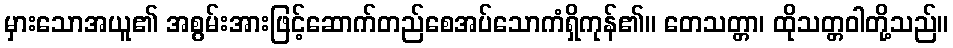
မှားသောအယူ၏ အစွမ်းအားဖြင့်ဆောက်တည်စေအပ်သောကံရှိကုန်၏။ တေသတ္တာ၊ ထိုသတ္တဝါတို့သည်။